Note on the mental hospitals in Burma - 1925-1940
Year: 1925
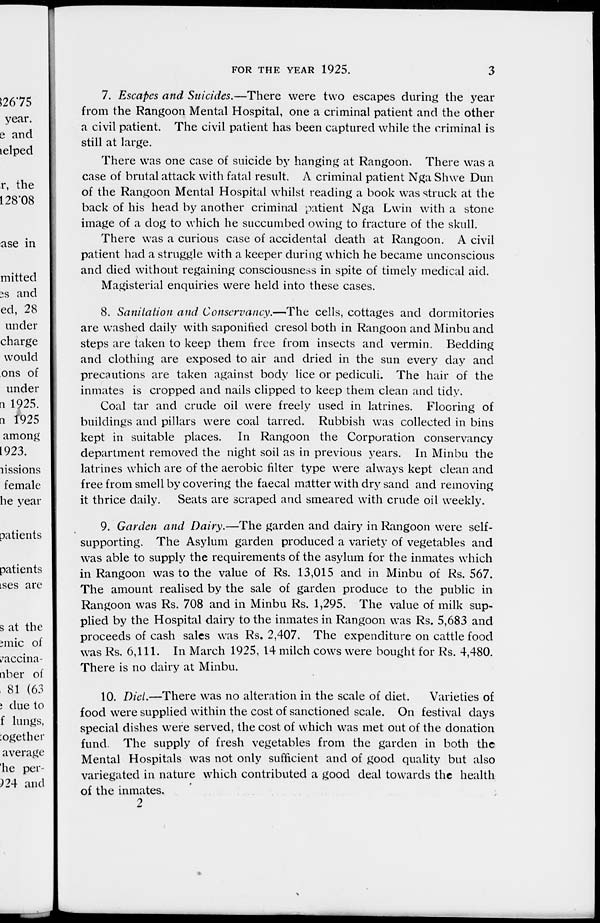
FOR THE YEAR 1925.
3
7. Escapes and Suicides.—There were two escapes during the year
from the Rangoon Mental Hospital, one a criminal patient and the other
a civil patient. The civil patient has been captured while the criminal is
still at large.
There was one case of suicide by hanging at Rangoon. There was a
case of brutal attack with fatal result. A criminal patient Nga Shwe Dun
of the Rangoon Mental Hospital whilst reading a book was struck at the
back of his head by another criminal patient Nga Lwin with a stone
image of a dog to which he succumbed owing to fracture of the skull.
There was a curious case of accidental death at Rangoon. A civil
patient had a struggle with a keeper during which he became unconscious
and died without regaining consciousness in spite of timely medical aid.
Magisterial enquiries were held into these cases.
8. Sanitation and Conservancy.—The cells, cottages and dormitories
are washed daily with saponified cresol both in Rangoon and Minbu and
steps are taken to keep them free from insects and vermin. Bedding
and clothing are exposed to air and dried in the sun every day and
precautions are taken against body lice or pediculi. The hair of the
inmates is cropped and nails clipped to keep them clean and tidy.
Coal tar and crude oil were freely used in latrines. Flooring of
buildings and pillars were coal tarred. Rubbish was collected in bins
kept in suitable places. In Rangoon the Corporation conservancy
department removed the night soil as in previous years. In Minbu the
latrines which are of the aerobic filter type were always kept clean and
free from smell by covering the faecal matter with dry sand and removing
it thrice daily. Seats are scraped and smeared with crude oil weekly.
9. Garden and Dairy.—The garden and dairy in Rangoon were self-
supporting. The Asylum garden produced a variety of vegetables and
was able to supply the requirements of the asylum for the inmates which
in Rangoon was to the value of Rs. 13,015 and in Minbu of Rs. 567.
The amount realised by the sale of garden produce to the public in
Rangoon was Rs. 708 and in Minbu Rs. 1,295. The value of milk sup-
plied by the Hospital dairy to the inmates in Rangoon was Rs. 5,683 and
proceeds of cash sales was Rs. 2,407. The expenditure on cattle food
was Rs. 6,111. In March 1925, 14 milch cows were bought for Rs. 4,480.
There is no dairy at Minbu.
10. Diet.—There was no alteration in the scale of diet.
Varieties of
food were supplied within the cost of sanctioned scale. On festival days
special dishes were served, the cost of which was met out of the donation
fund. The supply of fresh vegetables from the garden in both the
Mental Hospitals was not only sufficient and of good quality but also
variegated in nature which contributed a good deal towards the health
of the inmates.
2